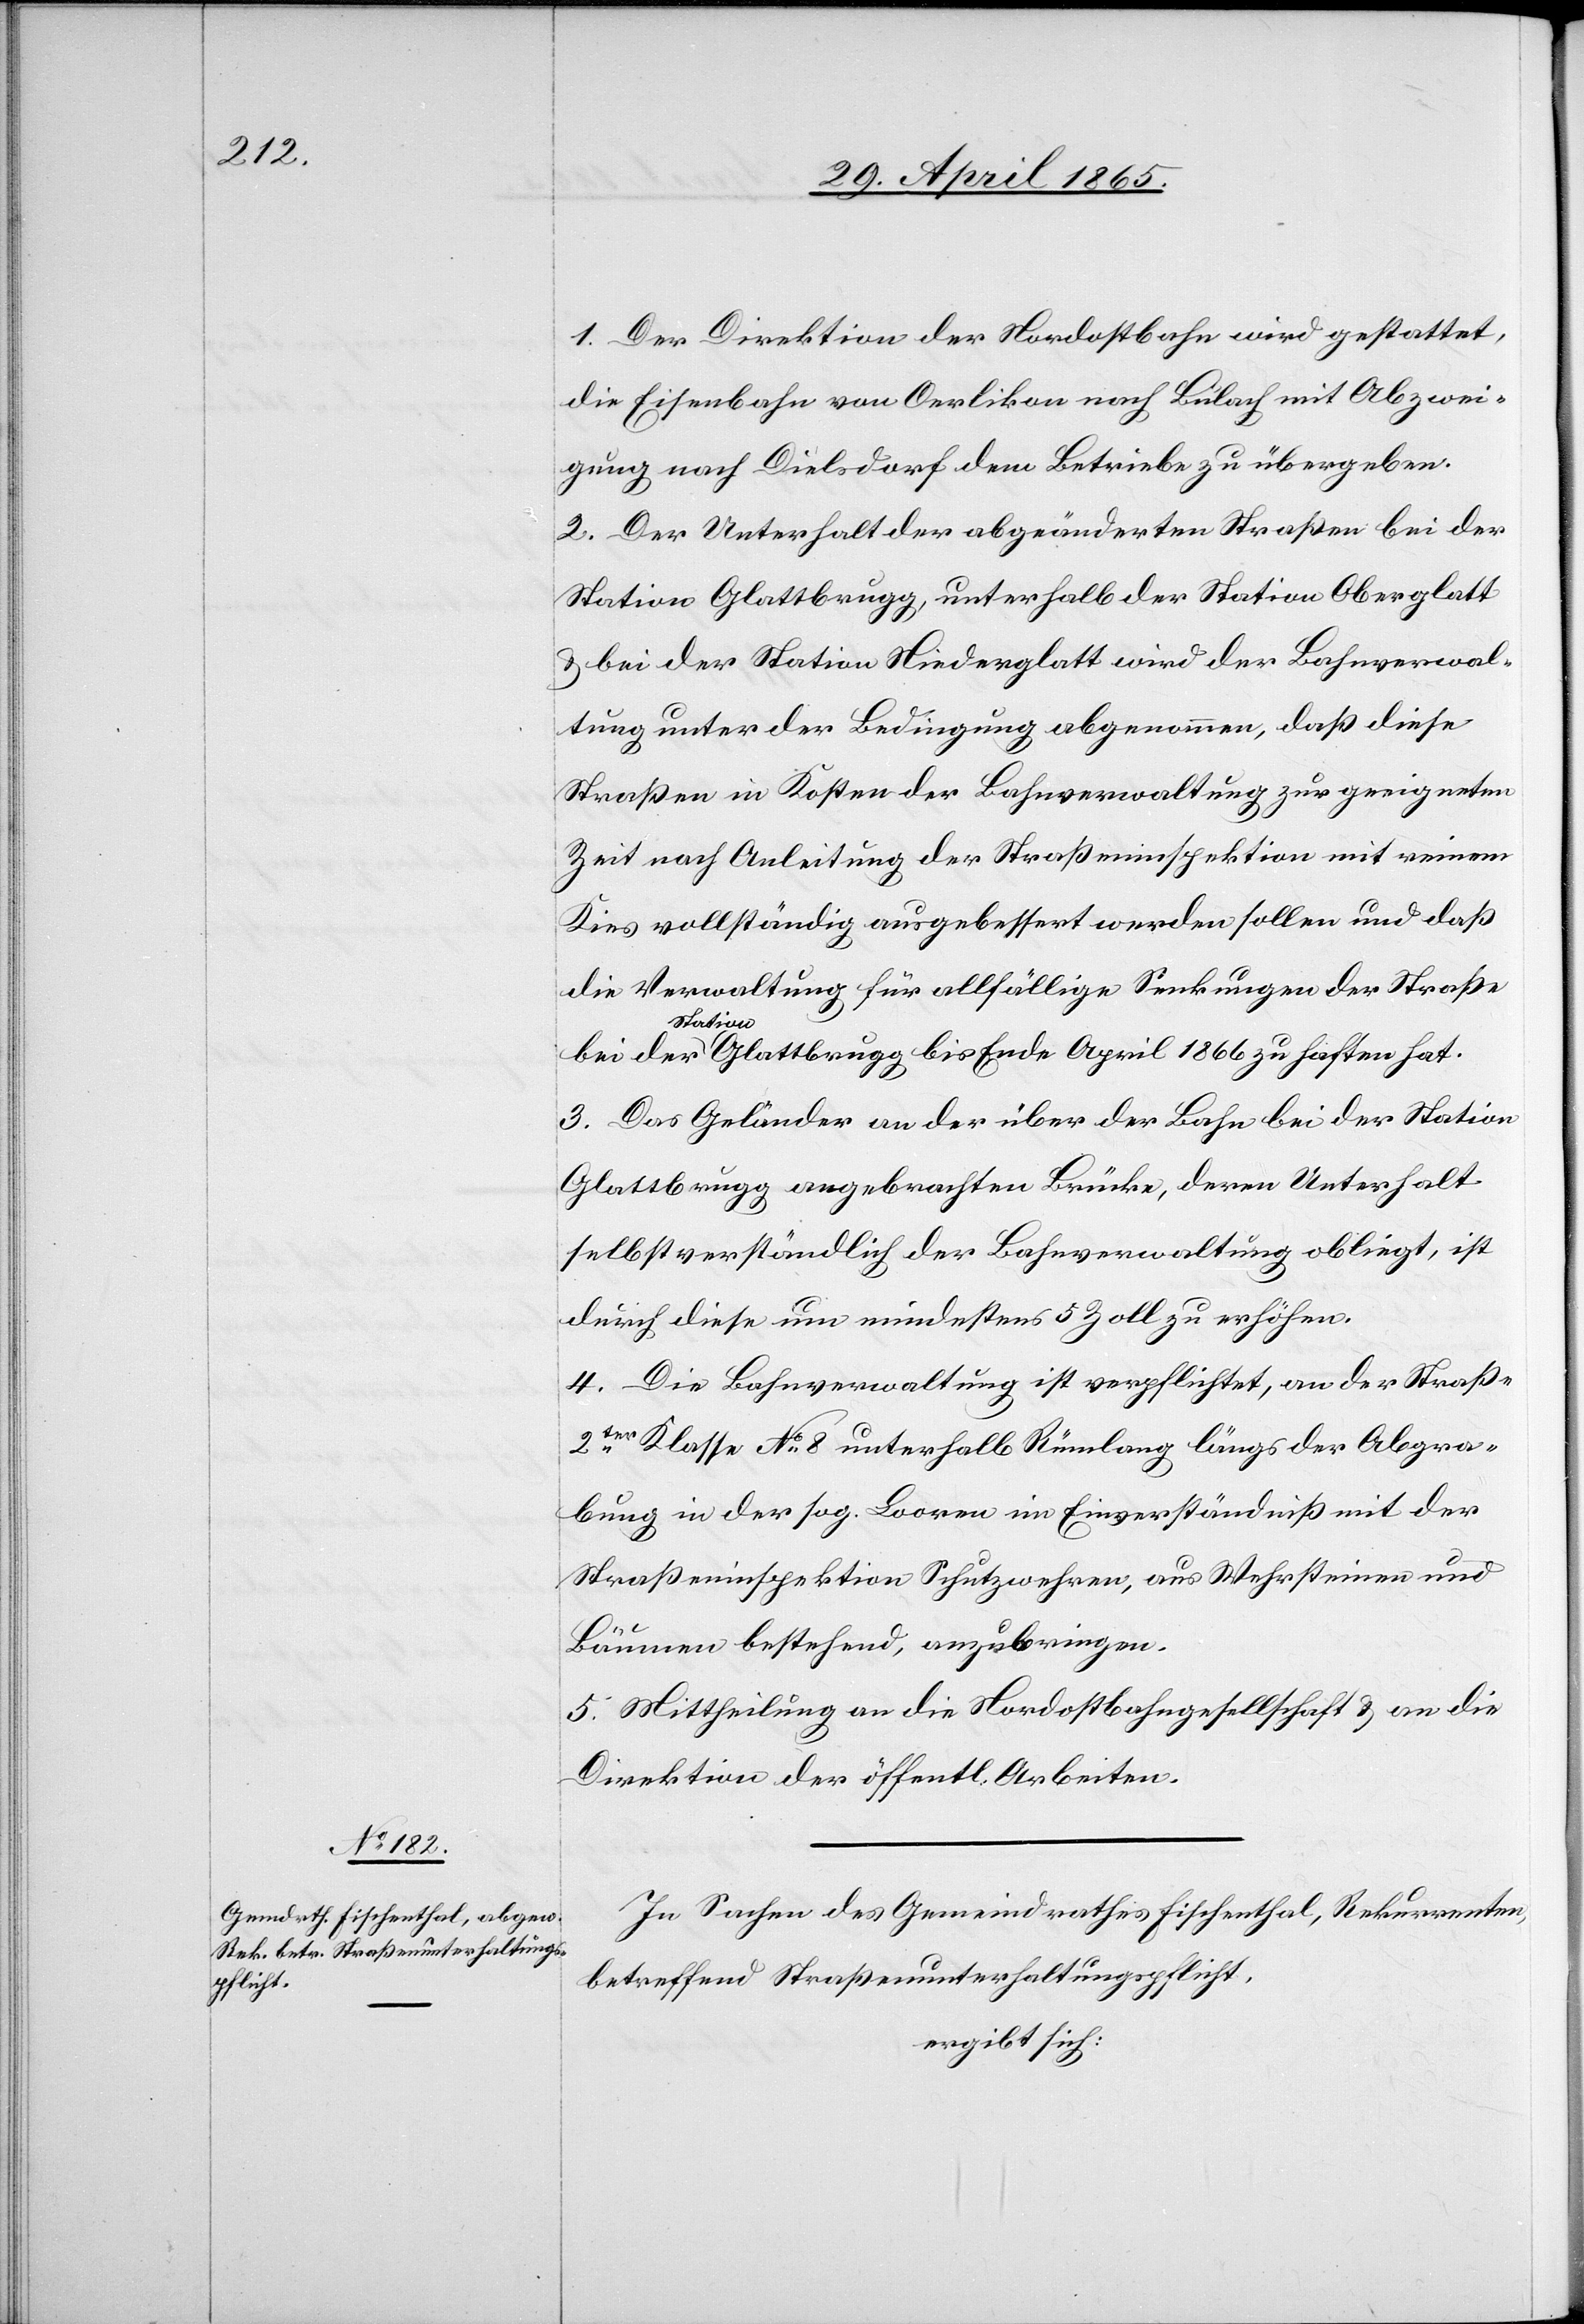
1. Der Direktion der Nordostbahn wird gestattet,
die Eisenbahn von Oerlikon nach Bülach mit Abzwei¬
gung nach Dielsdorf dem Betriebe zu übergeben.
2. Der Unterhalt der abgeänderten Straßen bei der
Station Glattbrugg, unterhalb der Station Oberglatt
& bei der Station Niederglatt wird der Bahnverwal¬
tung unter der Bedingung abgenommen, daß diese
Straßen in Kosten der Bahnverwaltung zur geeigneten
Zeit nach Anleitung der Straßeninspektion mit einem
Kies vollständig ausgebessert werden sollen und daß
die Verwaltung für allfällige Senkungen der Straße
Station
3. Das Geländer an der über der Bahn bei der Station
Glattbrugg angebrachten Brücke, deren Unterhalt
selbstverständlich der Bahnverwaltung obliegt, ist
durch diese um mindestens 5 Zoll zu erhöhen.
4. Die Bahnverwaltung ist verpflichtet, an der Straße
2ter Klasse No 8 unterhalb Rümlang längs der Abgra¬
bung in der sog. Looren im Einverständniß mit der
Straßeninspektion Schutzwehren, aus Wehrsteinen und
Bäumen bestehend, anzubringen.
5. Mittheilung an die Nordostbahngesellschaft & an die
Direktion der öffentl. Arbeiten.
In Sachen des Gemeindrathes Fischenthal, Rekurrenten,
betreffend Straßenunterhaltungspflicht,
ergibt sich: